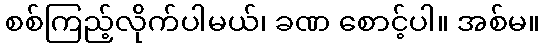
စစ်ကြည့်လိုက်ပါမယ်၊ ခဏ စောင့်ပါ။ အစ်မ။